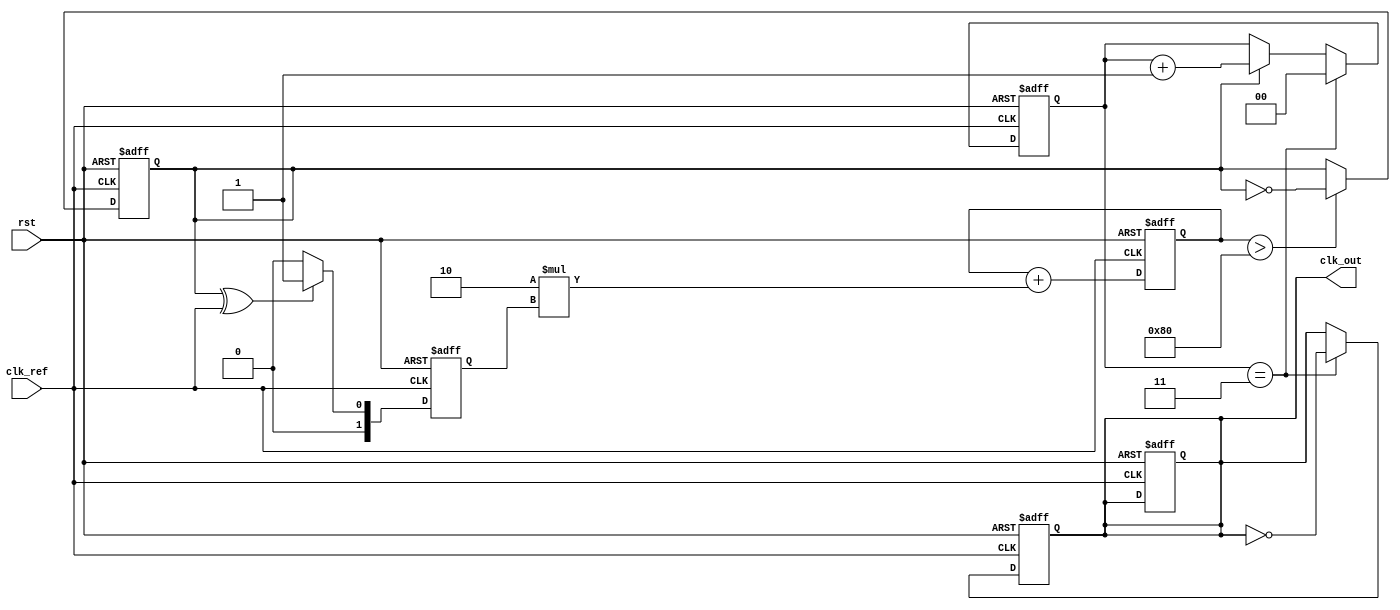
module pll (
    input wire clk_ref,          // Reference clock input
    input wire rst,              // Reset signal
    output reg clk_out           // PLL output clock
);

// Parameters for the PLL
parameter DIVIDER = 4;          // Frequency divider parameter
parameter FILTER_GAIN = 2;      // Gain for loop filter

// Internal signals
reg [1:0] phase_error;          // Phase error from phase detector
reg [7:0] control_voltage;       // Control voltage for the VCO
reg vco_out;                    // Output from the voltage-controlled oscillator
reg [1:0] feedback;             // Feedback signal for phase detector

// Phase Detector
always @(posedge clk_ref or posedge rst) begin
    if (rst) begin
        phase_error <= 2'b00;
    end else begin
        // Simple example phase detector (XOR)
        phase_error <= (vco_out ^ clk_ref) ? 2'b01 : 2'b00;
    end
end

// Loop Filter (Simple proportional filter)
always @(posedge clk_ref or posedge rst) begin
    if (rst) begin
        control_voltage <= 8'b00000000;
    end else begin
        control_voltage <= control_voltage + (FILTER_GAIN * phase_error);
    end
end

// Voltage-Controlled Oscillator (VCO)
always @(posedge clk_ref or posedge rst) begin
    if (rst) begin
        vco_out <= 0;
        clk_out <= 0;
    end else begin
        // Simple VCO that toggles based on control_voltage
        if (control_voltage > 128) begin
            vco_out <= ~vco_out;
        end
    end
end

// Frequency Divider (Feedback mechanism)
always @(posedge clk_ref or posedge rst) begin
    if (rst) begin
        feedback <= 2'b00;
        clk_out <= 0;
    end else begin
        if (vco_out) begin
            feedback <= feedback + 1;
        end

        if (feedback == DIVIDER-1) begin
            clk_out <= ~clk_out; // Divide output by DIVIDER
            feedback <= 2'b00;    // Reset feedback counter
        end
    end
end

endmodule